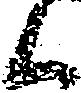
く